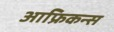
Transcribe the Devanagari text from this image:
आफ्रिकन्स